Vaccination returns of the Province of Eastern Bengal and Assam - 1905-1912
Year: 1905
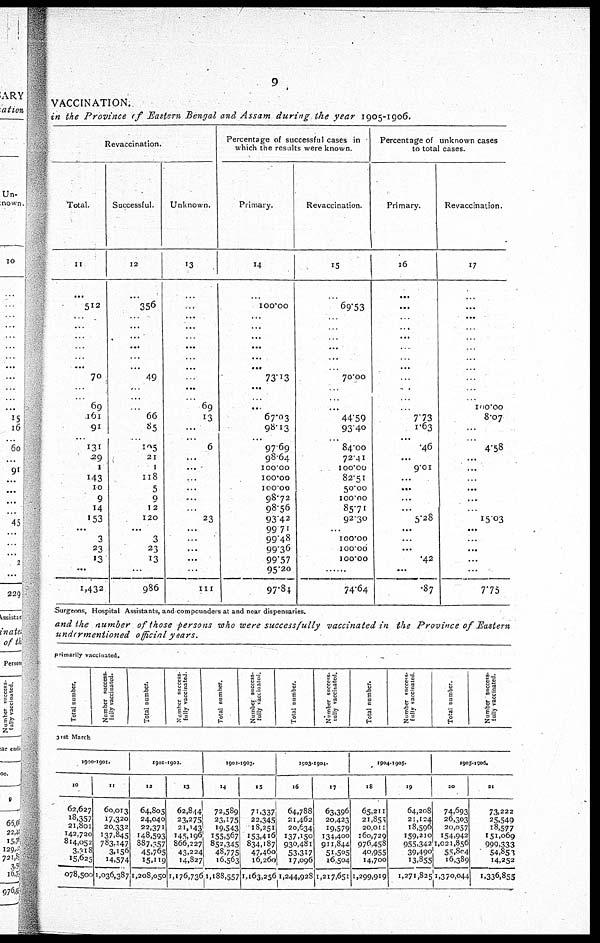
9
VACCINATION.
in the Province of Eastern Bengal and Assam during the year 1905-1906.
Revaccination.
Total.
11
...
512
...
...
...
...
...
...
70
...
... 69
161
91
...
131
29
1
143
10
9
14
153
...
3
23
13
...
1,432
Successful.
12
...
356
...
...
...
...
...
...
49
...
...
...
66
85
...
105
21
1
118
5
9
12
120
...
3
23
13
...
986
Unknown.
13
...
...
...
...
...
...
...
...
...
...
... 69
13
...
...
6
...
...
...
...
...
...
23
...
...
...
...
...
111
Percentage of successful cases in
which the results were known.
Primary.
14
...
100.00
...
...
...
...
...
...
73.13
...
...
...
67.03
98.13
...
97.69
98.64
100.00
100.00
100.00
98.72
98.56
93.42
99.71
99.48
99.36
99.57
95.20
97.84
Revaccination.
15
...
69.53
...
...
...
...
...
...
70.00
...
...
...
44.59
93.40
...
84.00
72.41
100.00
82.51
50.00
100.00
85.71
92.30
...
100.00
100.00
100.00
...
74.64
Percentage of unknown cases
to total cases.
Primary.
16
...
...
...
...
...
...
...
...
...
...
...
...
7.73
1.63
...
.46
...
9.01
...
...
...
...
5.28
...
...
...
.42
...
.87
Revaccination.
17
...
...
...
...
...
...
...
...
...
...
...
100.00
8.07
...
...
4.58
...
...
...
...
...
...
15.03
...
...
...
...
...
7.75
Surgeons, Hospital Assistants, and compounders at and near dispensaries.
and the number of those persons who were successfully vaccinated in the Province of Eastern
undermentioned official years.
primarily vaccinated.
Total number.
Number success¬
fully vaccinated.
Total number.
Number success-
fully vaccinated.
Total number.
Number success-
fully vaccinated.
Total number.
Number success¬
fully vaccinated.
Total number.
Number success¬
fully vaccinated.
Total number.
Number success¬
fully vaccinated.
31st March
1900-1901.
10
62,627
18,357
21,801
142,720
814,052
3,318
15,625
078,500
11
60,013
17,320
20,332
137,845
783,147
3,156
14,574
1,036,387
1901-1902.
12
64,805
24,040
22,371
148,593
887,357
45,765
15,119
1,208,050
13
62,844
23,275
21,143
145,196
866,227
43,224
14,827
1,176,736
1902-1903.
14
72,589
23,175
19,543
155,567
852,345
48,775
16,563
1,188,557
15
71,337
22,345
18,251
153,416
834,187
47,460
16,260
1,163,256
1903-1904.
16
64,788
21,462
20,634
137,150
930,481
53,317
17,096
1,244,928
17
63,396
20,423
19,579
134,400
911,844
51,505
16,504
1,217,651
1004-1905.
18
65,211
21,855
20,011
160,729
976,458
40,955
14,700
1,299,919
19
64,208
21,124
18,596
159,210
955,342
39,490
13,855
1,271,825
1905-1906.
20
74,693
26,303
20,057
154,942
1,021,856
55,804
16,389
1,370,044
21
73,222
25,549
18,577
151,069
999,333
54,853
14,252
1,336,855